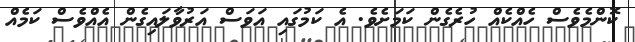
ކޮންމެވެސް ހެއްކެއް ހުރެގެން ކަމަށެވެ. އެ ކަމުގައި އަވަސް އަރުވާލައިގެން އެއްވެސް ކަމެއް